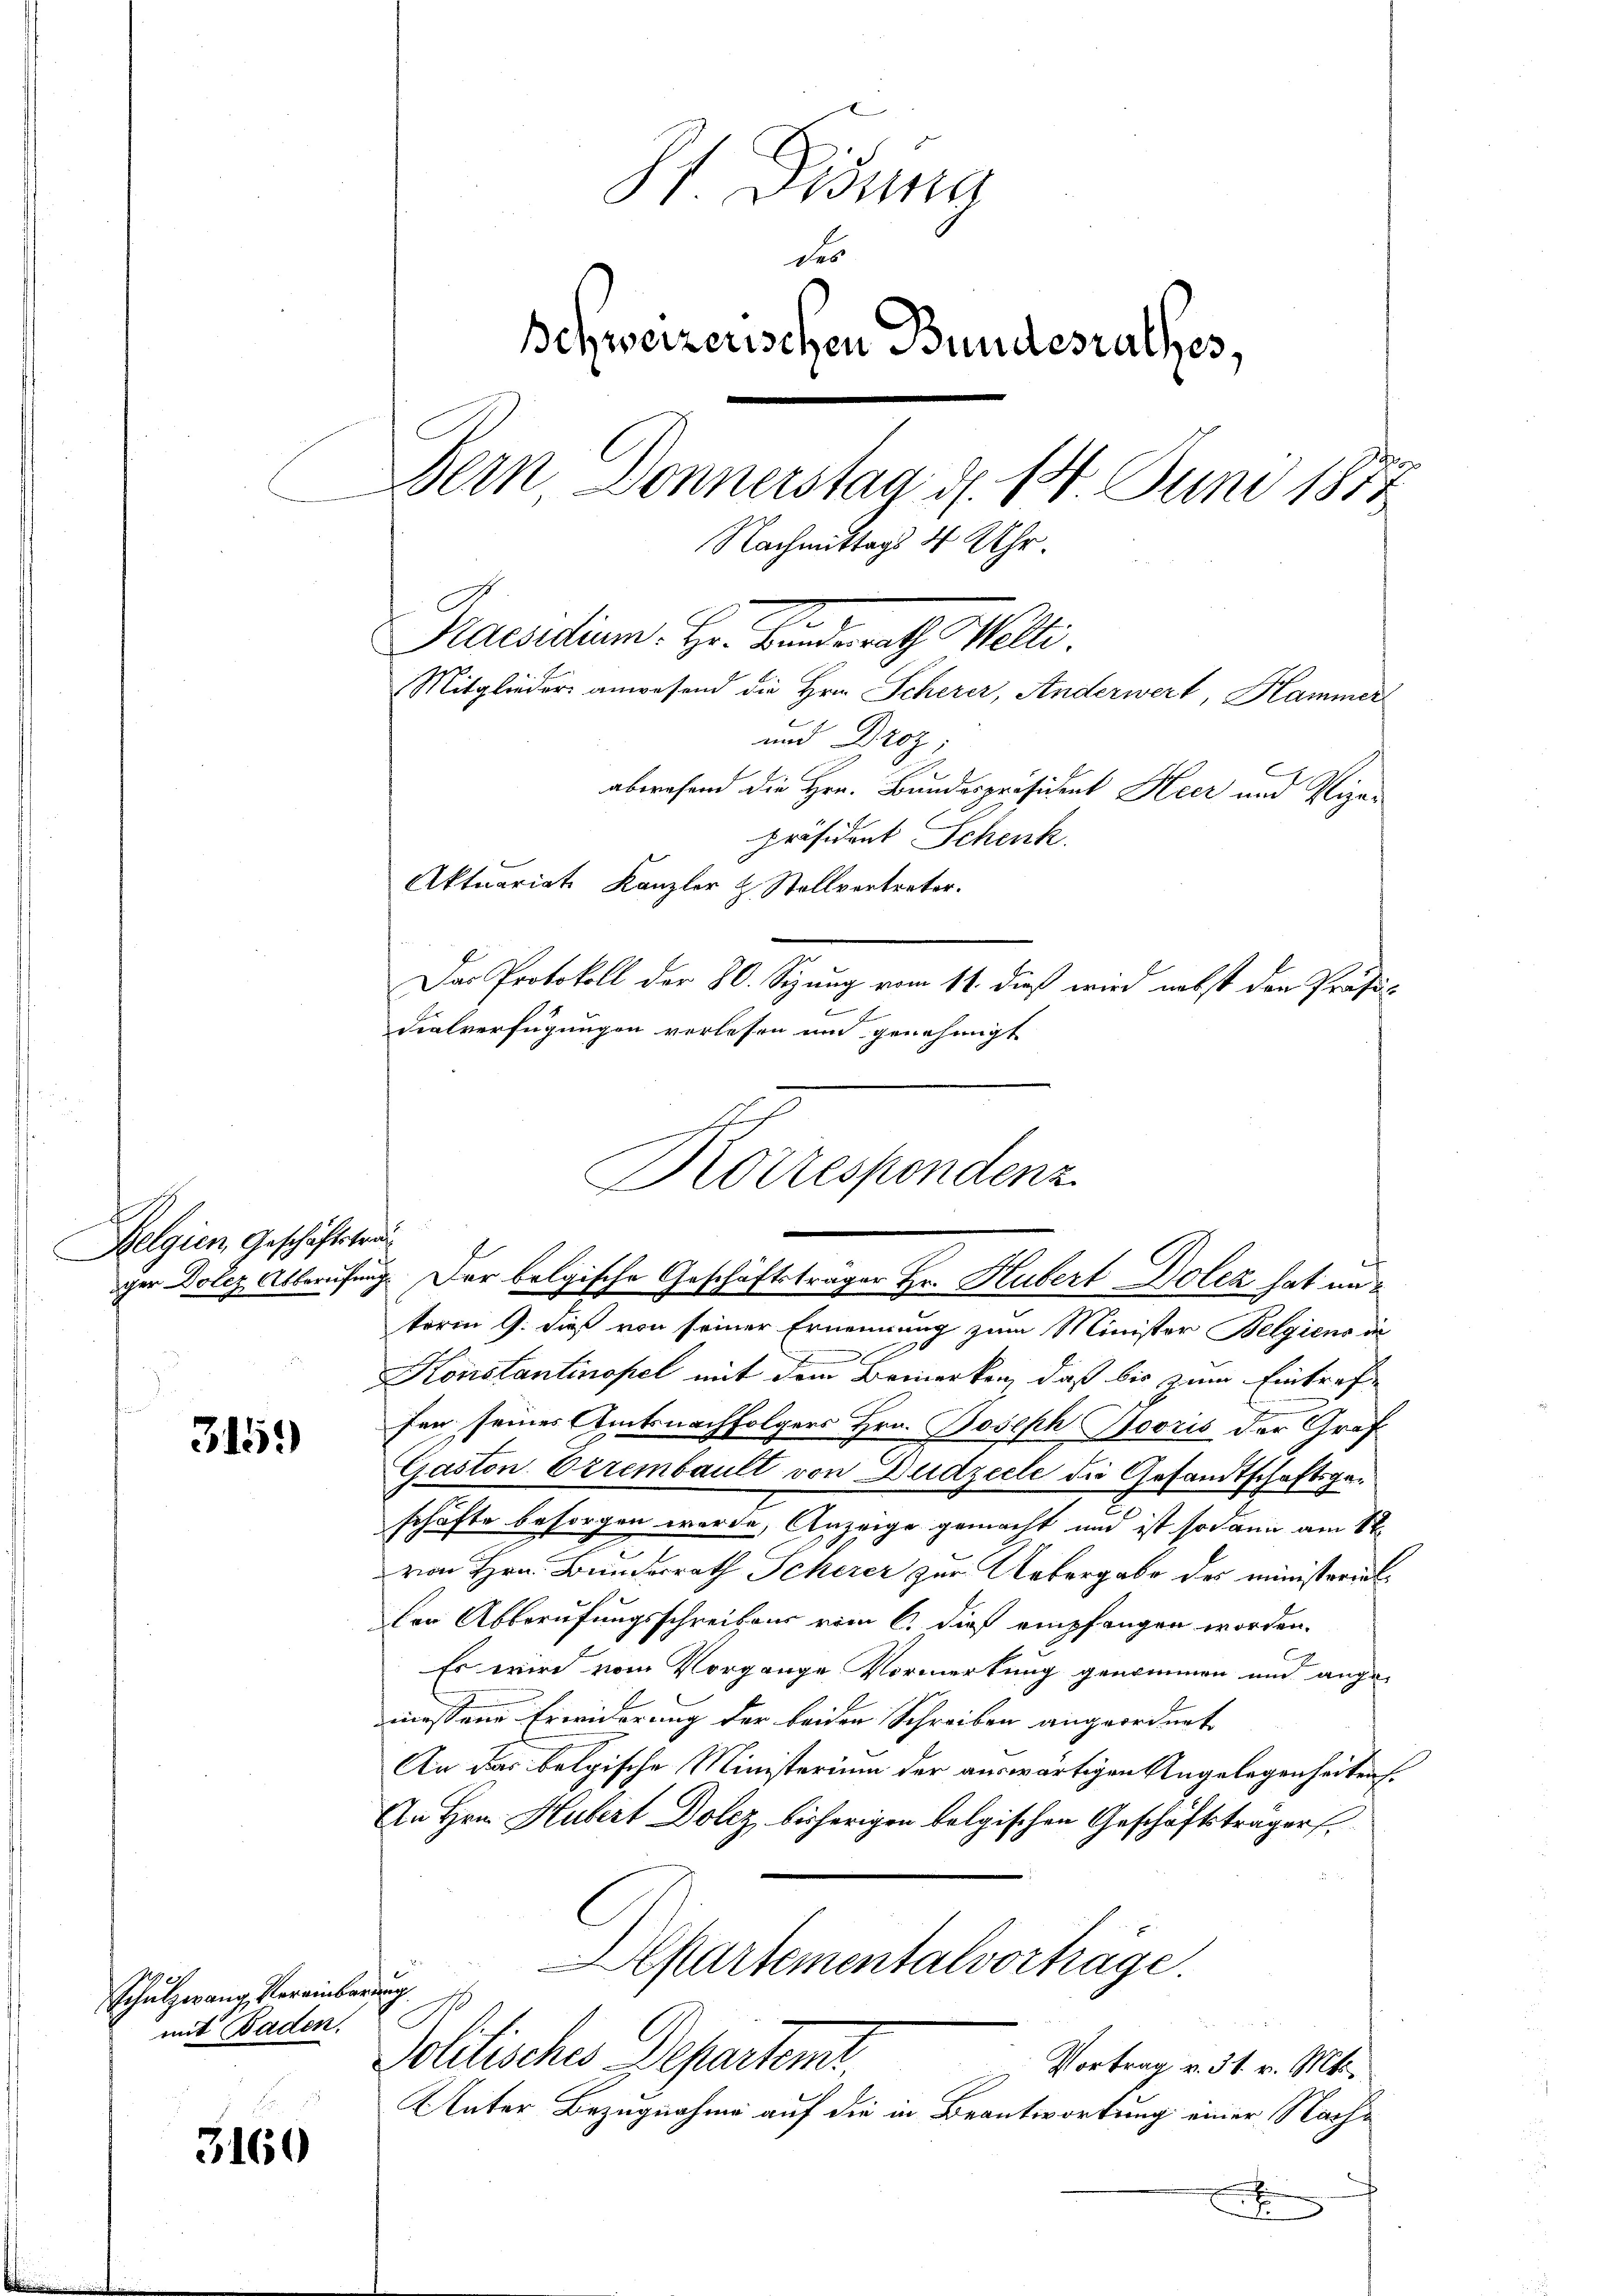
Belgien Geschäftstra
s

3159

Schulzwang, Vereinbarung
mit Baden.

3160

St Visung
des
Schweizerischen Bundesrathes,
Bern Donnerstag d. 14. Juni 1872
Nachmittags 4 Uhr.
Praesidium. Hr. Banderath Welti.
Mitglieder anwesend die Hrn. Scherer, Anderwert, Hammer
und Droz,
abwesend die Hrn. Bundespräsident Heer und Vize-
präsident Schenk
Aktuariats Kanzler z. Stellvertreter.
Das Protokoll der 20. Sizung vom 14. dieß wird nebst den Präsi-
2
dialverfügungen verlesen um genehmigt

term 9. dieß von seiner Ernennung zum Minister Belgiens in
d E
Konstantinopel mit dem Bemerken, daß bis zum Eintrafe
fen seines Amtsnachfolgers Hrn. Joseph Sooris der Graf
Gaston. Errembault von Dudzecle die Gesandtschaftsgeschäfte besorgen werde, Anzeige gemacht und ist sodann am 8t
von Hrn. Bundesrath Scherer zur Uebergabe des ministerialler Abberufungsschreibens vom 6. dieß empfangen worden.
Es wird vom Vorgange Vormerkung genommen und angemassene Erwiderung der beiden Schreiben angeordnete
An das belgische Ministerium der auswärtigen Angelegenheitens
An Hrn. Hubert Dolez bisherigen folgischen Geschäftsträger
Aepartementalvorträge.
Politisches Departens
 Vortrag v. 31. v. Mts.
Unter Bezugnahme auf die in Beantwortung einer Nachx

Korrespondenz
ger Dolez Alberufung. Der belgische Geschäftsträger Hr. Hubert Dolez hat na¬